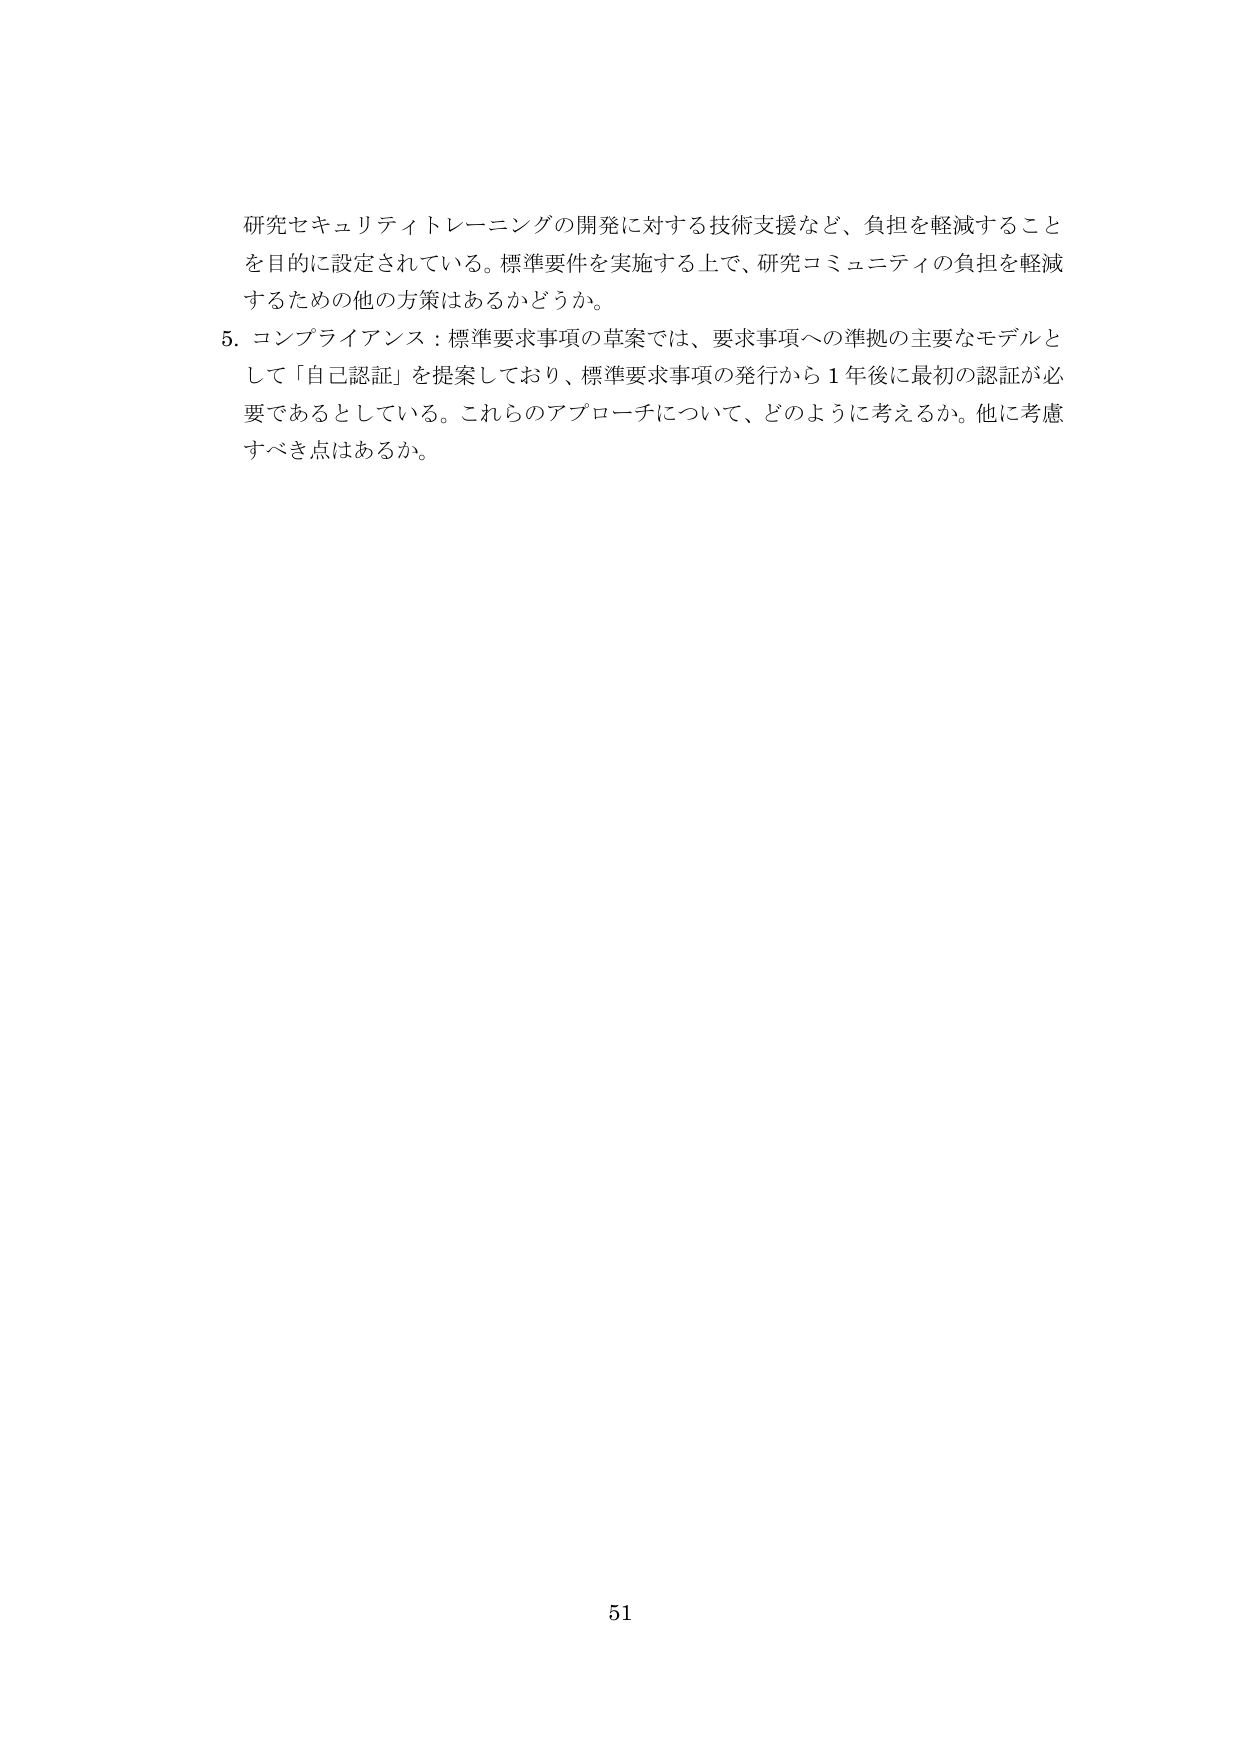
研究セキュリティトレーニングの開発に対する技術支援など、負担を軽減することを目的に設定されている。標準要件を実施する上で、研究コミュニティの負担を軽減するための他の方策はあるかどうか。

5. コンプライアンス：標準要求事項の草案では、要求事項への準拠の主要なモデルとして「自己認証」を提案しており、標準要求事項の発行から1年後に最初の認証が必要であるとしている。これらのアプローチについて、どのように考えるか。他に考慮すべき点はあるか。

51